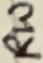
Text: RW